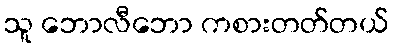
သူ ဘောလီဘော ကစားတတ်တယ်